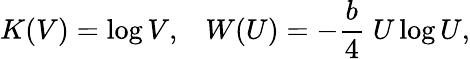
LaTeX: K(V)=\log V,\; \; \; W(U)=-{\frac{b}{4}}\; U\log U,